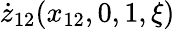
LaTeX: \dot{z}_{12}(x_{12},0,1,\xi)